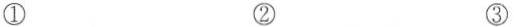
① ② ③